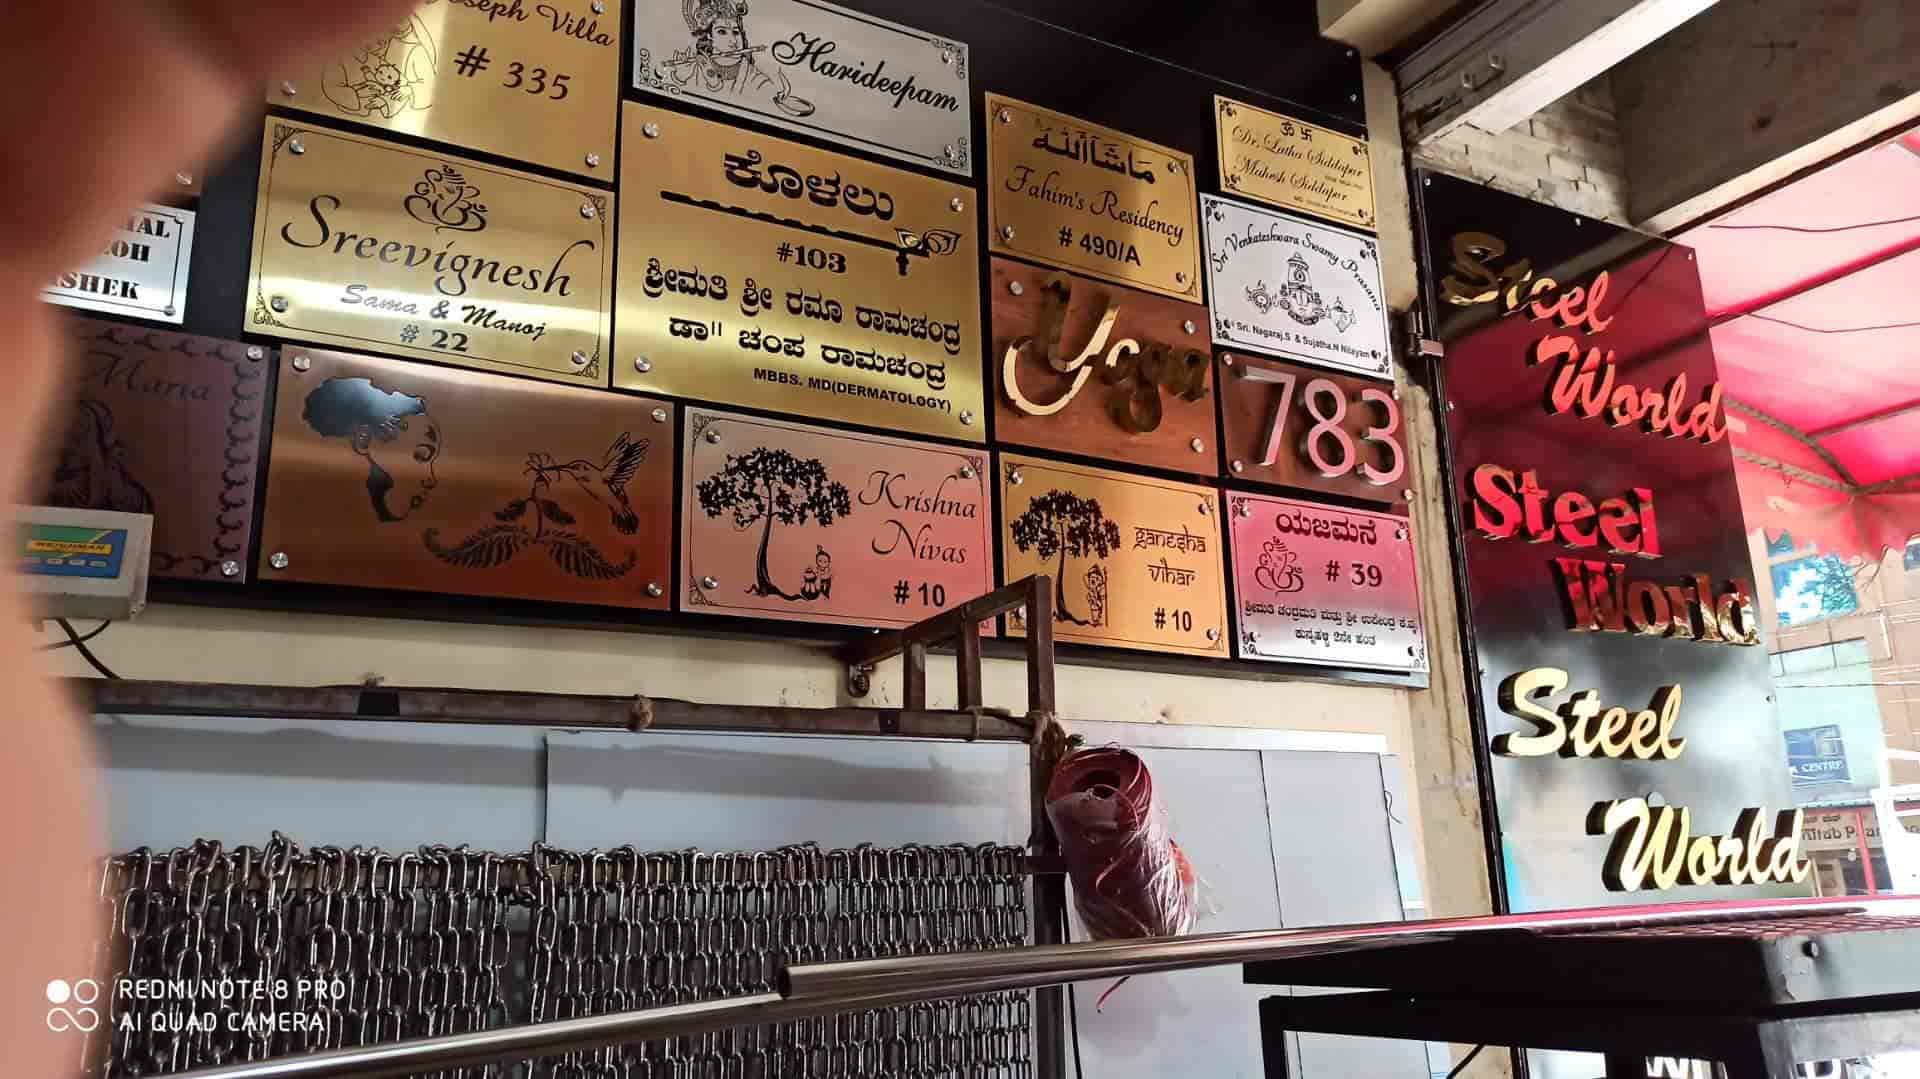
Language: kannada
Transcription: ಕುನ್ನಹಳ್ಳಿ 2ನೇ ಹಂತ ಯಜಮನೆ ಕೊಳಲು ಶ್ರೀಮತಿ ಶ್ರೀ ರಮಾ ಡಾ ।। ಚಂಪ ರಾಮಚಂದ್ರ ರಾಮಚಂದ್ರ